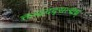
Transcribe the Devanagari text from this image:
क्तन्र्द्रददृद्यत्द्मथ्र्